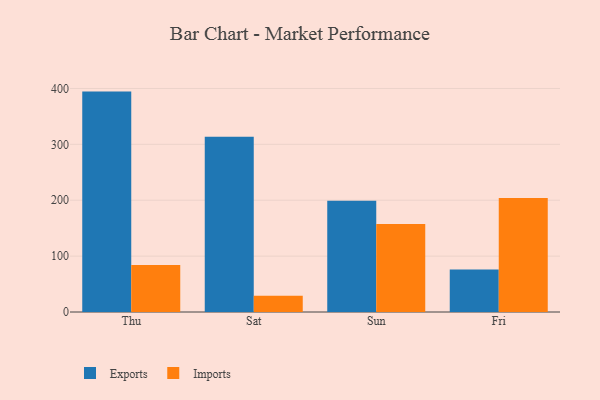
{"axis": {"x": "Day", "y": "Market Share (%)"}, "legend": ["Exports", "Imports"], "data": [{"x": "Thu", "y": 394.4, "type": "Exports"}, {"x": "Thu", "y": 84.2, "type": "Imports"}, {"x": "Sat", "y": 313.5, "type": "Exports"}, {"x": "Sat", "y": 28.9, "type": "Imports"}, {"x": "Sun", "y": 198.9, "type": "Exports"}, {"x": "Sun", "y": 157.4, "type": "Imports"}, {"x": "Fri", "y": 76.2, "type": "Exports"}, {"x": "Fri", "y": 204.1, "type": "Imports"}]}